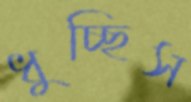
ধুচ্ছিস